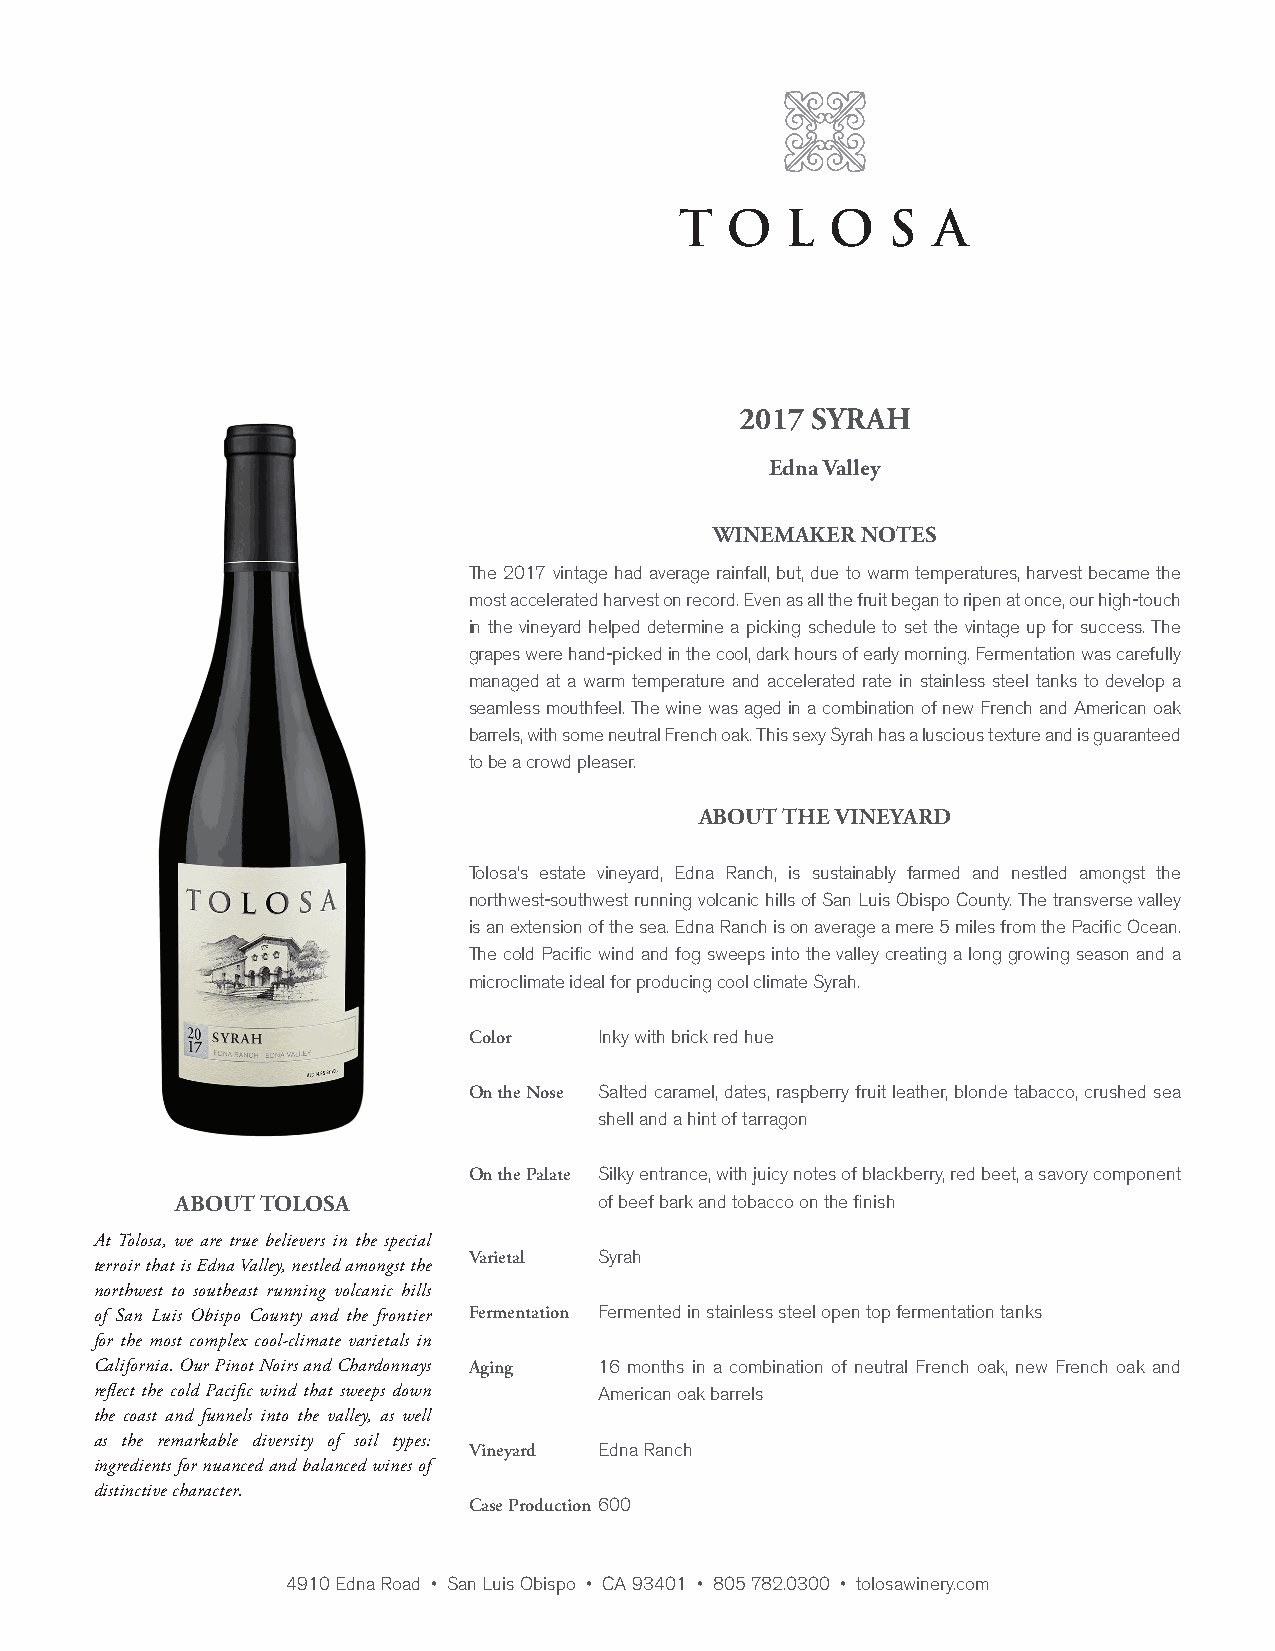
2017 SYRAH
 Edna Valley
 WINEMAKER NOTES
 The 2017 vintage had average rainfall, but, due to warm temperatures, harvest became the
 most accelerated harvest on record. Even as all the fruit began to ripen at once, our high-touch
 in the vineyard helped determine a picking schedule to set the vintage up for success. The
 grapes were hand-picked in the cool, dark hours of early morning. Fermentation was carefully
 managed at a warm temperature and accelerated rate in stainless steel tanks to develop a
 seamless mouthfeel. The wine was aged in a combination of new French and American oak
 barrels, with some neutral French oak. This sexy Syrah has a luscious texture and is guaranteed
 to be a crowd pleaser.
 ABOUT THE VINEYARD
 Tolosa’s estate vineyard, Edna Ranch, is sustainably farmed and nestled amongst the
 northwest-southwest running volcanic hills of San Luis Obispo County. The transverse valley
 is an extension of the sea. Edna Ranch is on average a mere 5 miles from the Pacific Ocean.
 The cold Pacific wind and fog sweeps into the valley creating a long growing season and a
 microclimate ideal for producing cool climate Syrah.
 Color    Inky with brick red hue
 On the Nose Salted caramel, dates, raspberry fruit leather, blonde tabacco, crushed sea
 shell and a hint of tarragon
 On the Palate Silky entrance, with juicy notes of blackberry, red beet, a savory component
 ABOUT TOLOSA                of beef bark and tobacco on the finish
 At Tolosa, we are true believers in the special
 Varietal Syrah
 terroir that is Edna Valley, nestled amongst the
 northwest to southeast running volcanic hills
 of San Luis Obispo County and the frontier Fermentation Fermented in stainless steel open top fermentation tanks
 for the most complex cool-climate varietals in
 California. Our Pinot Noirs and Chardonnays Aging 16 months in a combination of neutral French oak, new French oak and
 reflect the cold Pacific wind that sweeps down American oak barrels
 the coast and funnels into the valley, as well
 as the remarkable diversity of soil types:
 Vineyard Edna Ranch
 ingredients for nuanced and balanced wines of
 distinctive character.
 Case Production 600
 4910 Edna Road • San Luis Obispo • CA 93401 • 805 782.0300 • tolosawinery.com